Scottish Leaving Certificate Examination, 1955
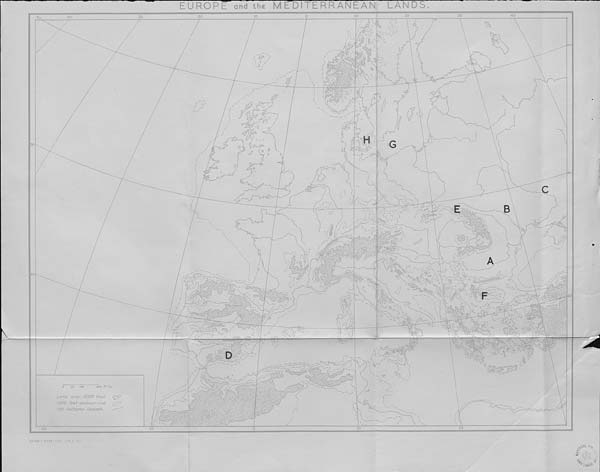
EUROPE and the
MEDITERRANEAN!
LANDS
40
20
60
0
"0
□
G
50
50
.
<?
B
A
5s
As
40
§2>
0
§2
<——
•;
K
C=7
m
oO
lA,
t - N
£oo Miles
50 too
Land over 3000 feet
tZOO feet contour tine
100 fathoms isobath.
K?
9988 “ 2998- 1/55 (M.F.P.)
<N^V ! 'l
3-
5 0 B '